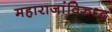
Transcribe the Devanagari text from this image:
महाराजांविरुध्द